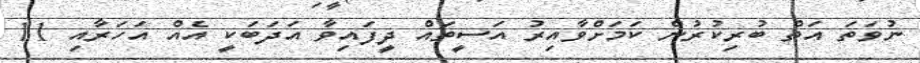
ނުވަތަ އަތް ބުރިކުރުން ކަމަށްވާއިރު އަސީތައް ދީފައިވާ އަދަބަކީ އެއް އަހަރާއި 11